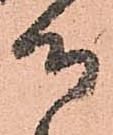
御